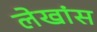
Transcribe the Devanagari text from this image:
लेखांस